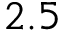
2 . 5